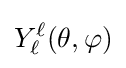
Y_{\ell }^{\ell }(\theta ,\varphi )